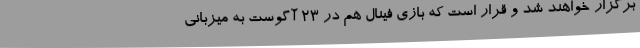
برگزار خواهند شد و قرار است که بازی فینال هم در 23 آگوست به میزبانی